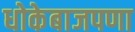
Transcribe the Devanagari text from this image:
धोकेबाजपणा